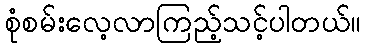
စုံစမ်းလေ့လာကြည့်သင့်ပါတယ်။